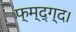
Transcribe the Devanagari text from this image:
फ्म्द्ग्द।